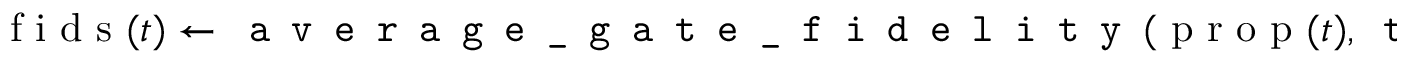
\textrm { f i d s } ( t ) \gets \texttt { a v e r a g e \_ g a t e \_ f i d e l i t y } ( \textrm { p r o p } ( t ) , \texttt { t a r g e t : } \mathbb { 1 } _ { d } )